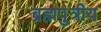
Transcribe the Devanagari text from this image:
ब्रह्मपुत्रीय